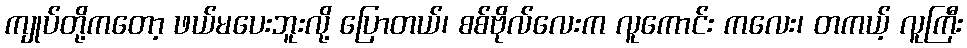
ကျုပ်တို့ကတော့ ဖယ်မပေးဘူးလို့ ပြောတယ်၊ စစ်ဗိုလ်လေးက လူကောင်း ကလေး၊ တကယ့် လူကြီး